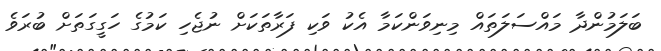
ބަލަމުންދާ މައްސަލަތައް މިނިވަންކަމާ އެކު ވަކި ފަރާތަކަށް ނުޖެހި ކަމުގެ ހަގީގަތަށް ބުރަވެ